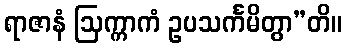
ရာဇာနံ ဩက္ကာကံ ဥပသင်္ကမိတွာ”တိ။